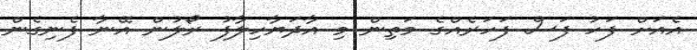
އެއަށް ފަހު ފަސް ފަހަރެއްގެ މަތިން މި އާދަޔާހިލާފު ރޯލުން އޭނާ ފެނިގެން